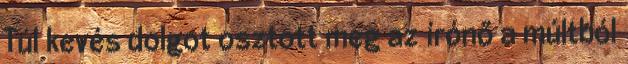
Túl kevés dolgot osztott meg az írónő a múltból